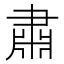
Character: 肅